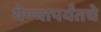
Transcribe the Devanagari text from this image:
येण्यापर्यंतचे